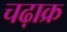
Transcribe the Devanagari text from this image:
चढ़ाक्र